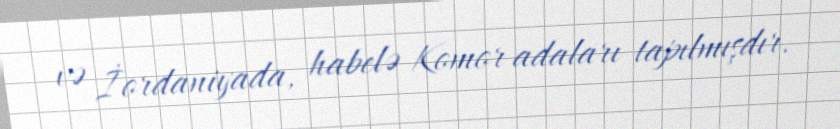
və İordaniyada, habelə Komor adaları tapılmışdır.